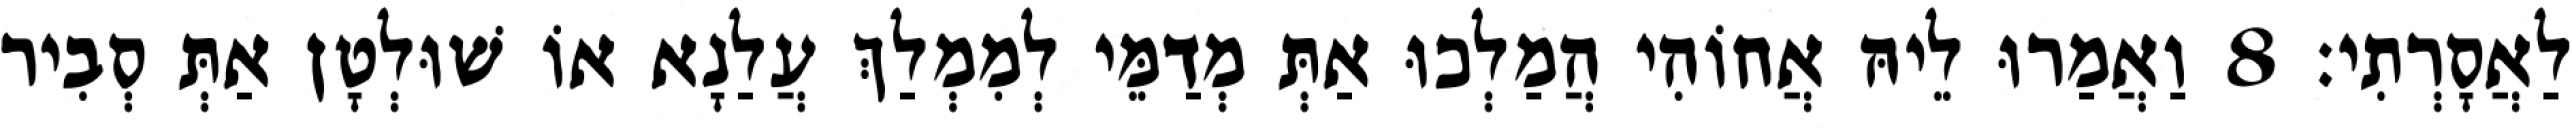
לַאֲסָרְתִי׃ 8 וַאֲמַרוּ לֵיהּ אֲחוֹהִי הֲמַלְכוּ אַתְּ מְדַמֵּי לְמִמְלַךְ עֲלַנָא אוֹ שׁוּלְטָן אַתְּ סְבִיר